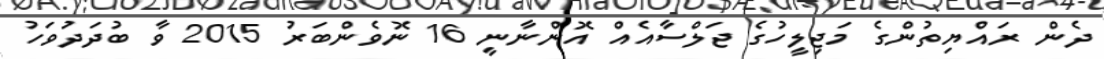
ދެން ރައްޔިތުންގެ މަޖިލީހުގެ ޖަލްސާއެއް އޮންނާނީ 16 ނޮވެންބަރު 2015 ވާ ބުދަދުވަހު